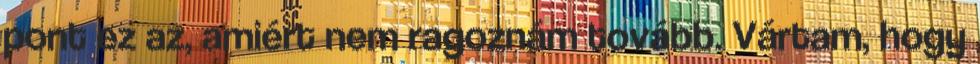
pont ez az, amiért nem ragoznám tovább. Vártam, hogy